Annual report on the Civil Veterinary Department, Burma (including the Insein Veterinary School) - 1910-1922
Year: 1910
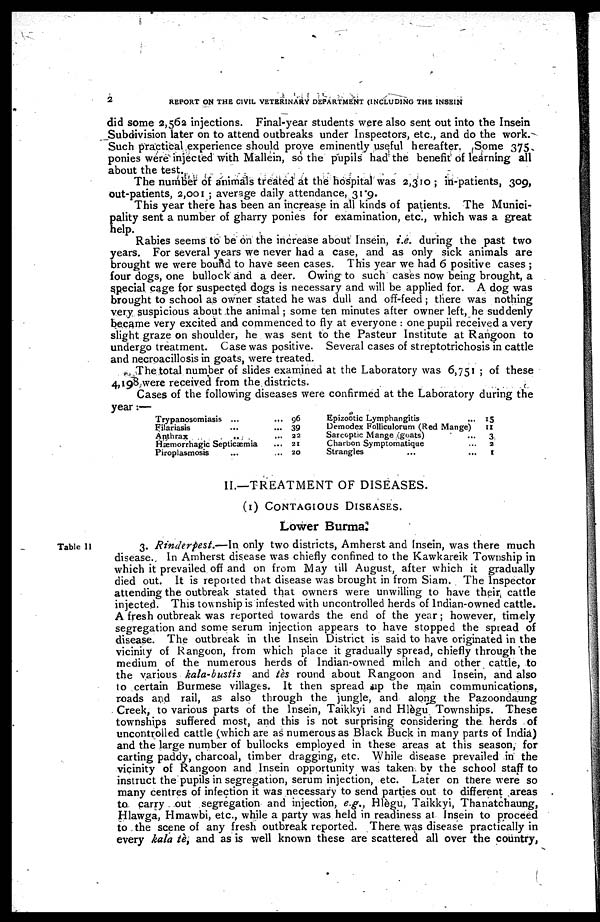
2
REPORT ON THE CIVIL VETERINARY DEPARTMENT (INCLUDING THE 1NSEIN
did some 2,562 injections. Final-year students were also sent out into the Insein
Subdivision later on to attend outbreaks under Inspectors, etc., and do the work.
Such practical experience should prove eminently useful hereafter. Some 375
ponies were injected with Mallein, so the pupils had the benefit of learning all
about the test.
The number of animals treated at the hospital was 2,310; in-patients, 309,
out-patients, 2,001; average daily attendance, 31.9.
This year there has been an increase in all kinds of patients. The Munici-
pality sent a number of gharry ponies for examination, etc., which was a great
help.
Rabies seems to be on the increase about Insein, i.e. during the past two
years. For several years we never had a case, and as only sick animals are
brought we were bound to have seen cases. This year we had 6 positive cases;
four dogs, one bullock and a deer. Owing to such cases now being brought, a
Special cage for suspected dogs is necessary and will be applied for. A dog was
brought to school as owner stated he was dull and off-feed; there was nothing
very suspicious about the animal; some ten minutes after owner left, he suddenly
became very excited and commenced to fly at everyone: one pupil received a very
slight graze on shoulder, he was sent to the Pasteur Institute at Rangoon to
undergo treatment. Case was positive. Several cases of streptotrichosis in cattle
and necroacillosis in goats, were treated.
The total number of slides examined at the Laboratory was 6,751; of these
4,198 were received from the districts.
Cases of the following diseases were confirmed at the Laboratory during the
year:—
Trypanosomiasis ...
Filariasis ... ...
Anthrax ... ...
Hæmorrhagic Septicæmia ...
Piroplasmosis ... ...
96
39
32
21
20
Epizootic Lymphangitis ...
Demodex Folliculorum (Red Mange)
Sarceptic Mange (goats) ...
Charbon Symptomatique ...
Strangles ... ...
15
11
3
2
1
II.—TREATMENT OF DISEASES.
(1) CONTAGIOUS DISEASE.
Lower Burma.
Table II
3. Rinderpest.—In
only two districts, Amherst and Insein, was there much
disease. In Amherst disease was chiefly confined to the Kawkareik Township in
which it prevailed off and on from May till August, after which it gradually
died out. It is reported that disease was brought in from Siam. The Inspector
attending the outbreak stated that owners were unwilling to have their cattle
injected. This township is infested with uncontrolled herds of Indian-owned cattle.
A fresh outbreak was reported towards the end of the year; however, timely
segregation and some serum injection appears to have stopped the spread of
disease. The outbreak in the Insein District is said to have originated in the
vicinity of Rangoon, from which place it gradually spread, chiefly through the
medium of the numerous herds of Indian-owned milch and other cattle, to
the various kala-bustis
and tès round about Rangoon and Insein, and also
to certain Burmese villages. It then spread up the main communications,
roads and rail, as also through the jungle, and along the Pazoondaung
Creek, to various parts of the Insein, Taikkyi and Hlègu Townships. These
townships suffered most, and this is not surprising considering the herds of
uncontrolled cattle (which are as numerous as Black Buck in many parts of India)
and the large number of bullocks employed in these areas at this season, for
carting paddy, charcoal, timber dragging, etc. While disease prevailed in the
vicinity of Rangoon and Insein opportunity was taken by the school staff to
instruct the pupils in segregation, serum injection, etc. Later on there were so
many centres of infection it was necessary to send parties out to different areas
to carry out segregation and injection, e.g., Hlègu, Taikkyi, Thanatchaung,
Hlawga, Hmawbi, etc., while a party was held in readiness at Insein to proceed
to the scene of any fresh outbreak reported. There was disease practically in
every kala tè, and as is well known these are scattered all over the country,